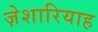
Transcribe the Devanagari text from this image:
ज़ेशारियाह